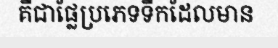
គឺជាផ្លែប្រភេទទឹកដែលមាន